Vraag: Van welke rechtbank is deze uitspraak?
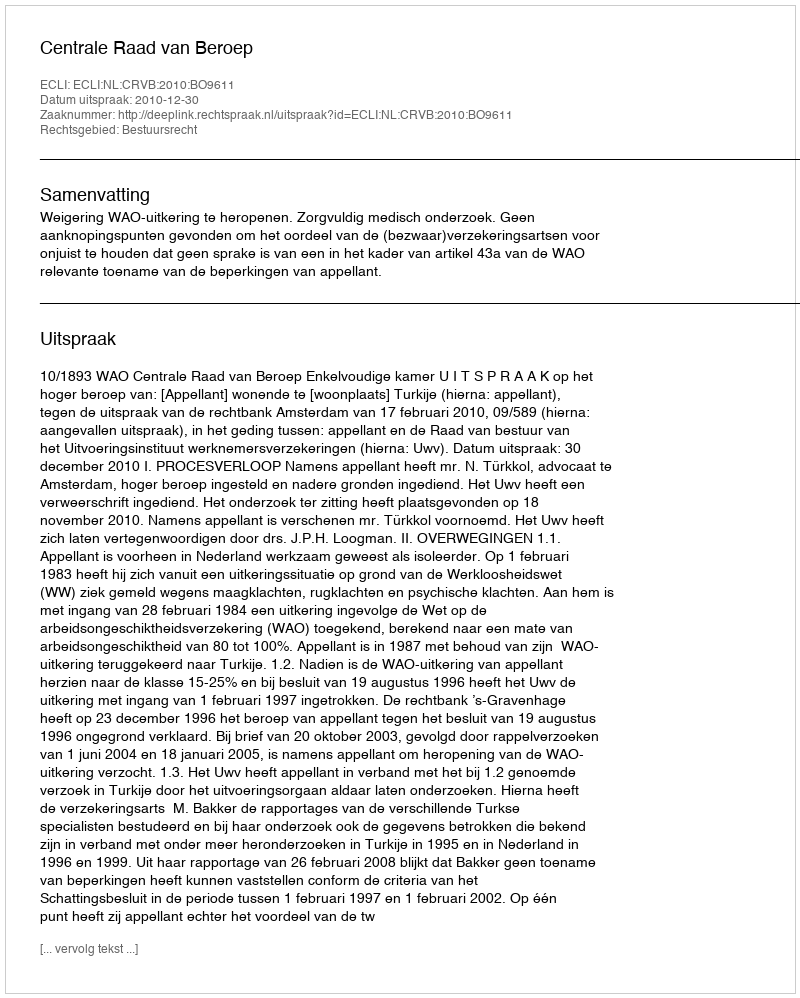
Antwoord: Centrale Raad van Beroep